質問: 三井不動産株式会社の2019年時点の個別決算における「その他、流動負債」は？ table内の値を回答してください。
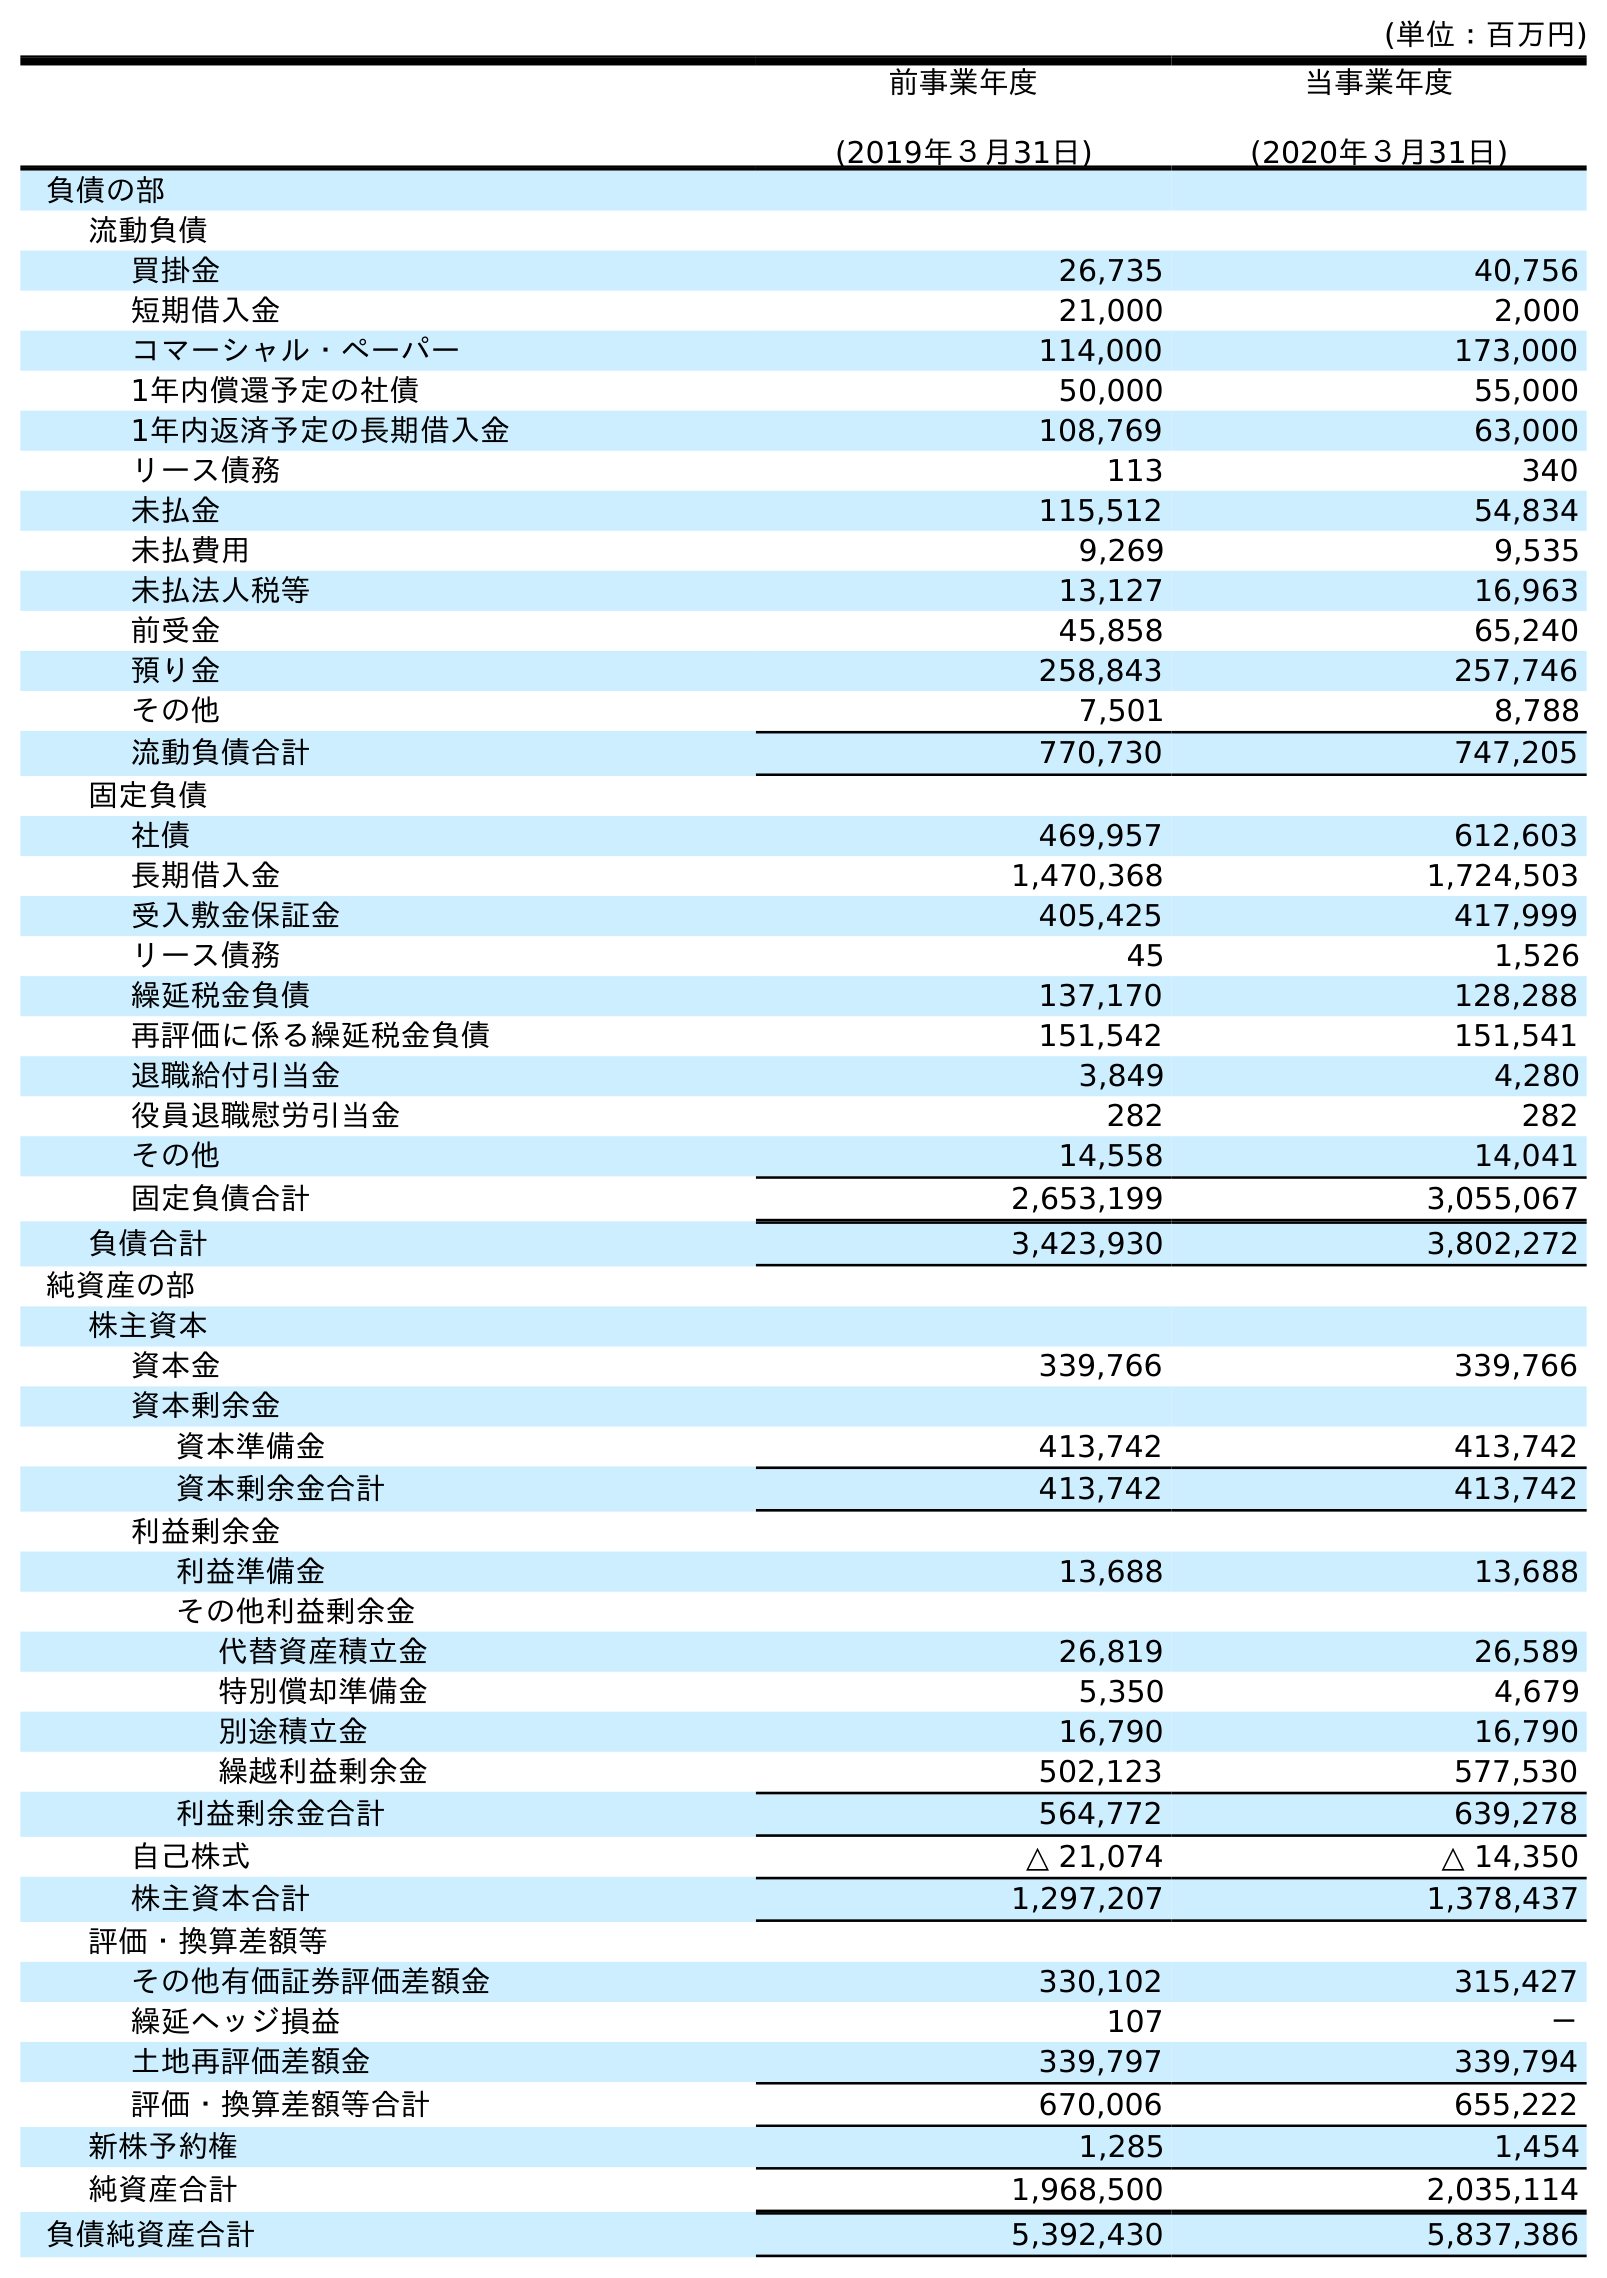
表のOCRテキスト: (単位：百万円) 前事業年度 (2019年３月31日) 当事業年度 (2020年３月31日) 負債の部 流動負債 買掛金 26,735 40,756 短期借入金 21,000 2,000 コマーシャル・ペーパー 114,000 173,000 1年内償還予定の社債 50,000 55,000 1年内返済予定の長期借入金 108,769 63,000 リース債務 113 340 未払金 115,512 54,834 未払費用 9,269 9,535 未払法人税等 13,127 16,963 前受金 45,858 65,240 預り金 258,843 257,746 その他 7,501 8,788 流動負債合計 770,730 747,205 固定負債 社債 469,957 612,603 長期借入金 1,470,368 1,724,503 受入敷金保証金 405,425 417,999 リース債務 45 1,526 繰延税金負債 137,170 128,288 再評価に係る繰延税金負債 151,542 151,541 退職給付引当金 3,849 4,280 役員退職慰労引当金 282 282 その他 14,558 14,041 固定負債合計 2,653,199 3,055,067 負債合計 3,423,930 3,802,272 純資産の部 株主資本 資本金 339,766 339,766 資本剰余金 資本準備金 413,742 413,742 資本剰余金合計 413,742 413,742 利益剰余金 利益準備金 13,688 13,688 その他利益剰余金 代替資産積立金 26,819 26,589 特別償却準備金 5,350 4,679 別途積立金 16,790 16,790 繰越利益剰余金 502,123 577,530 利益剰余金合計 564,772 639,278 自己株式 △ 21,074 △ 14,350 株主資本合計 1,297,207 1,378,437 評価・換算差額等 その他有価証券評価差額金 330,102 315,427 繰延ヘッジ損益 107 － 土地再評価差額金 339,797 339,794 評価・換算差額等合計 670,006 655,222 新株予約権 1,285 1,454 純資産合計 1,968,500 2,035,114 負債純資産合計 5,392,430 5,837,386
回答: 7,501